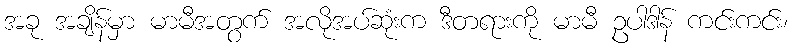
အခု အချိန်မှာ မာမီအတွက် အလိုအပ်ဆုံးက ဒီတရားကို မာမီ ဥပါဒါန် ကင်းကင်း၊